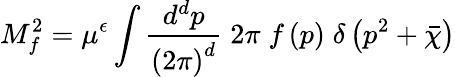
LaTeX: M_{f}^{2}=\mu^{\epsilon}\int\frac{d^{d}p}{\left(2\pi\right)^{d}}\; 2\pi\; f\left(p\right)\; \delta\left(p^{2}+\bar{\chi}\right)